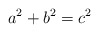
\begin{align*}a^2+b^2=c^2\end{align*}